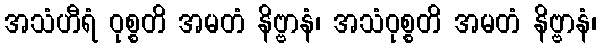
အသံဟီရံ ဝုစ္စတိ အမတံ နိဗ္ဗာနံ၊ အသံဝုစ္စတိ အမတံ နိဗ္ဗာနံ၊